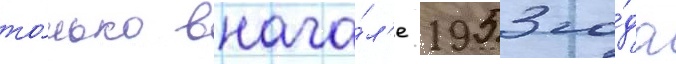
то́лько внача́л'е 1953 го́да